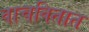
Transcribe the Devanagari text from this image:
वाचवितात